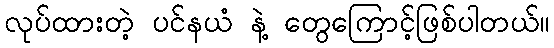
လုပ်ထားတဲ့ ပင်နယံ နဲ့ တွေကြောင့်ဖြစ်ပါတယ်။